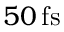
5 0 \, \mathrm { f s }